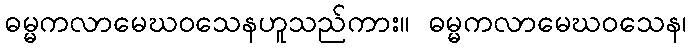
ဓမ္မကလာမေဃဝသေနဟူသည်ကား။ ဓမ္မကလာမေဃဝသေန၊